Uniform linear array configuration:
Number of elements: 4
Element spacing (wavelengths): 1
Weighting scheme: blackman
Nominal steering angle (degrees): -60
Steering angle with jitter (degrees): -58.192
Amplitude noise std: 0.05
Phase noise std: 0.05

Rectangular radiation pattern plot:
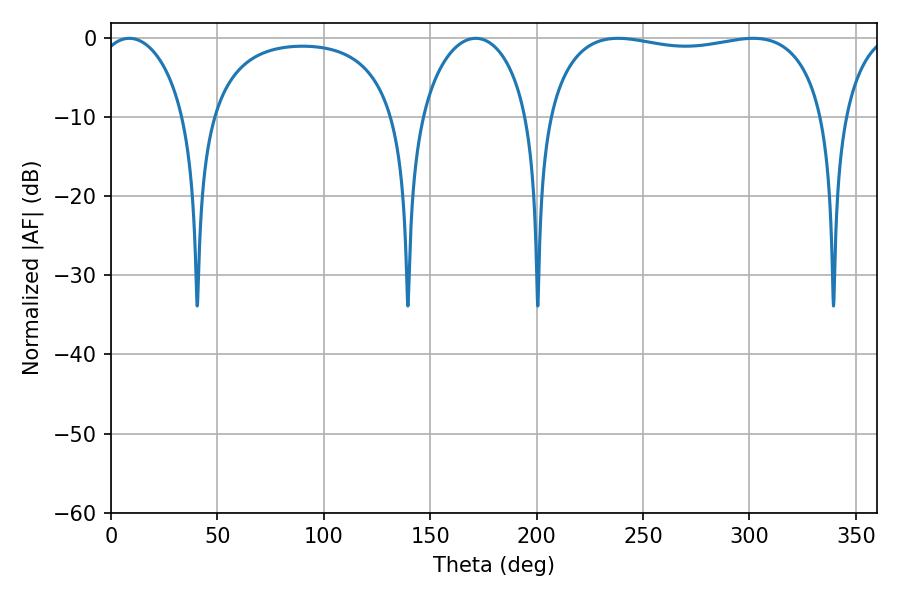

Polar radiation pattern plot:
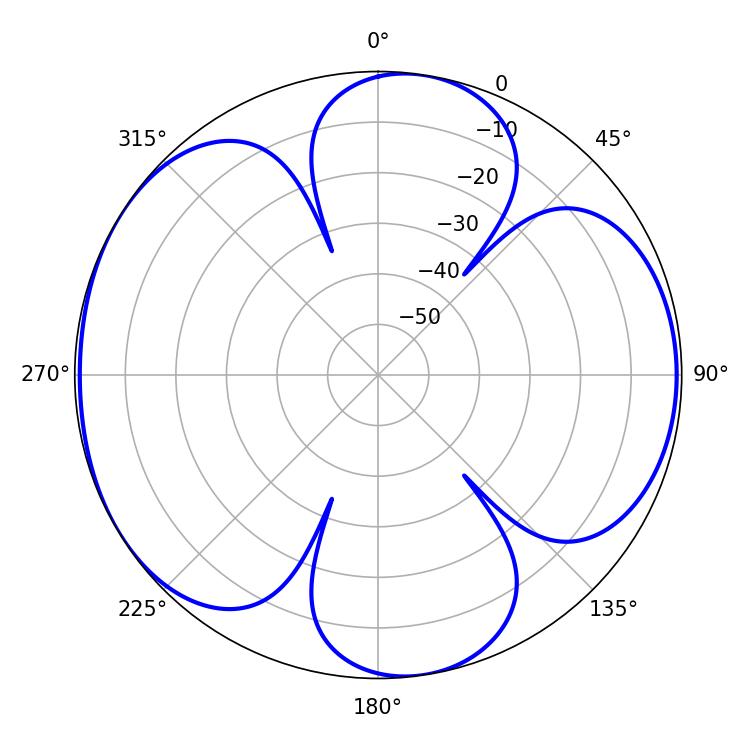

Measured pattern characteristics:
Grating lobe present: TRUE
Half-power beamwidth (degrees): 23.4
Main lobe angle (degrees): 8.64